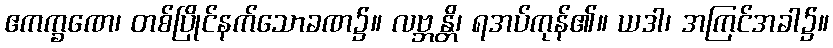
ဧကက္ခဏေ၊ တစ်ပြိုင်နက်သောခဏ၌။ လဗ္ဘန္တိ၊ ရအပ်ကုန်၏။ ယဒါ၊ အကြင်အခါ၌။